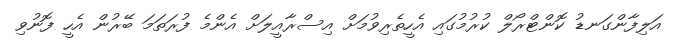
އަލިފާންގަނޑު ކޮންޓްރޯލް ކުރުމުގައި އެހީތެރިވުމަށް އިސްރާއީލަށް އެންމެ ފުރަތަމަ ބޭރުން އެހީ ފޮނުވި